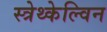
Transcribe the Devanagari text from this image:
स्त्रेथ्केल्विन